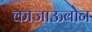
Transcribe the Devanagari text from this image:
काजाऊबोन